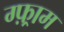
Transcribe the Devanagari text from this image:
ग्फ़्राम